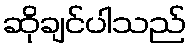
ဆိုချင်ပါသည်